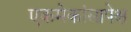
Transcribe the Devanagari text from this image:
एकमेकांसापेक्ष